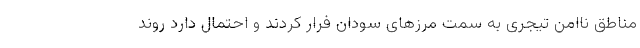
مناطق ناامن تیجری به سمت مرزهای سودان فرار کردند و احتمال دارد روند